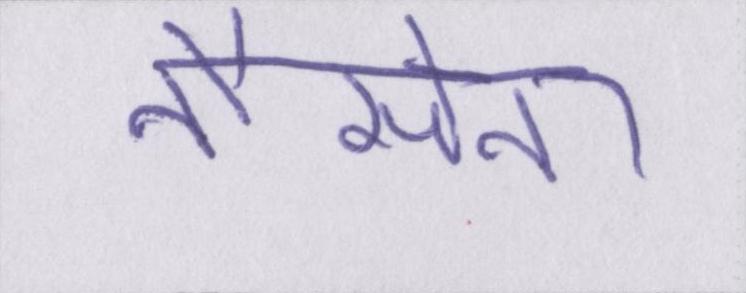
नौसेना